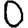
Digit: 0